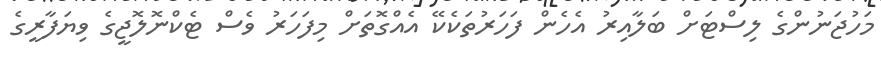
މަހުޖަނުންގެ ލިސްޓަށް ބަލާއިރު އެހެން ފަހަރުތަކެކޭ އެއްގޮތަށް މިފަހަރު ވެސް ޓެކްނޮލޮޖީގެ ވިޔަފާރީގެ